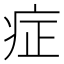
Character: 症